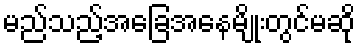
မည်သည့်အခြေအနေမျိုးတွင်မဆို